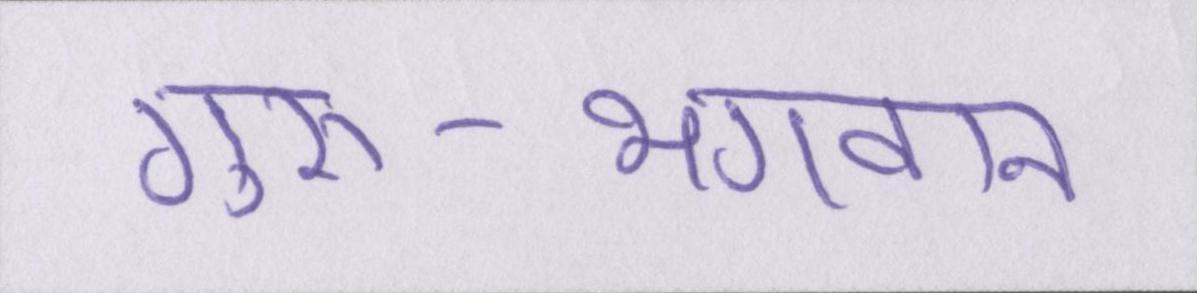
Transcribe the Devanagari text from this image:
गुरु-भगवान